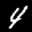
Label: 4